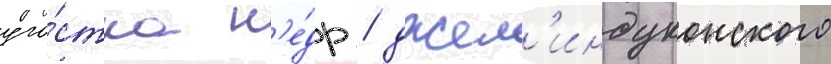
уча́стка н'е́др / джел'индуконского